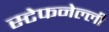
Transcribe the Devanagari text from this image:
स्टेफनेल्ली